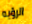
الرؤيه